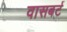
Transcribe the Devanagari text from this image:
वासबर्ट